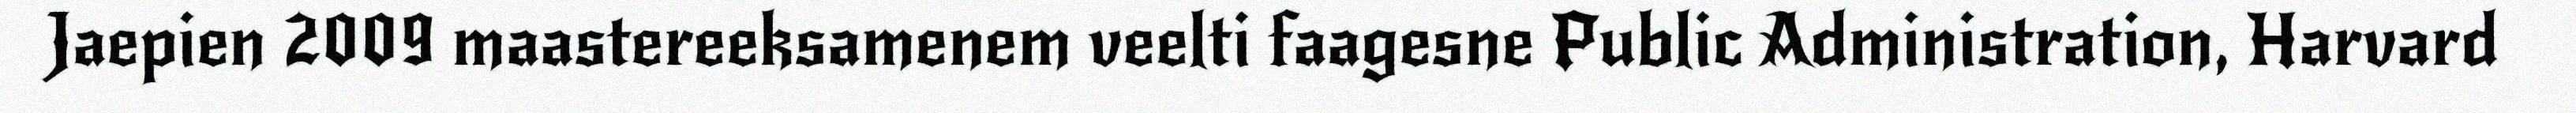
Jaepien 2009 maastereeksamenem veelti faagesne Public Administration, Harvard